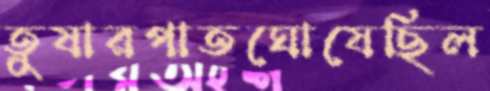
তুষারপাতঘোষেছিল